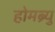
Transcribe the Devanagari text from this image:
होमब्र्यु